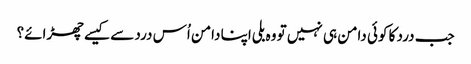
جب درد کا کوئی دامن ہی نہیں تو وہ بلی اپنا دامن اُس درد سے کیسے چھڑائے؟